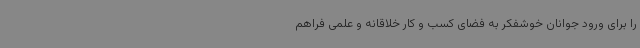
را برای ورود جوانان خوشفکر به فضای کسب و کار خلاقانه و علمی فراهم